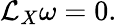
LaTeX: {\mathcal{L}}_{X}\omega=0.